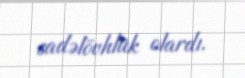
sadəlövhlük olardı.